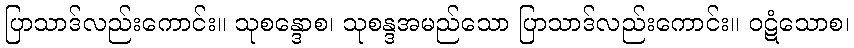
ပြာသာဒ်လည်းကောင်း။ သုစန္ဒောစ၊ သုစန္ဒအမည်သော ပြာသာဒ်လည်းကောင်း။ ဝဋံသောစ၊